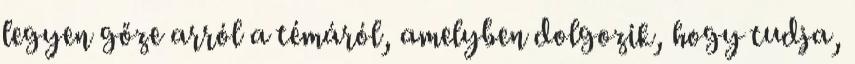
legyen gőze arról a témáról, amelyben dolgozik, hogy tudja,